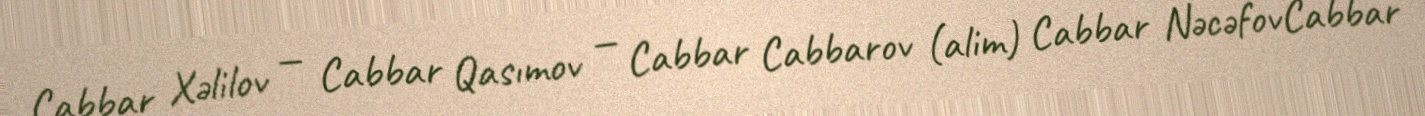
Cabbar Xəlilov — Cabbar Qasımov — Cabbar Cabbarov (alim) Cabbar NəcəfovCabbar